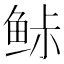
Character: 𱇨